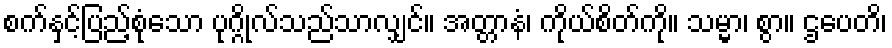
စက်နှင့်ပြည့်စုံသော ပုဂ္ဂိုလ်သည်သာလျှင်။ အတ္တာနံ၊ ကိုယ်စိတ်ကို။ သမ္မာ၊ စွာ။ ဌပေတိ၊